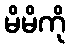
မိမိကို